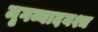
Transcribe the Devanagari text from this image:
मृगव्यादयश्च